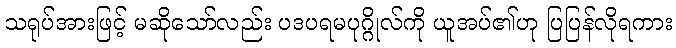
သရုပ်အားဖြင့် မဆိုသော်လည်း ပဒပရမပုဂ္ဂိုလ်ကို ယူအပ်၏ဟု ပြပြန်လိုရကား